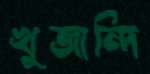
খুজান্দি